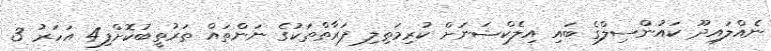
ނެއްލައިދޫ ކައުންސިލްގެ ބައި އިލެކްޝަނަށް ކުރިމަތިލި ފަރާތްތަކުގެ ނަންތައް ތަރުތީބުކޮށްފި4 އަހަރު 3